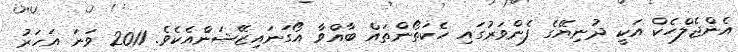
އެންޖެލްހެކް އަކީ ދުނިޔޭގެ ފެންވަރުގައި ހެކަތޯންތައް ބާއްވާ އޯގަނައިޒޭޝަންއެކެވެ. 2011 ވަނަ އަހަރު